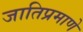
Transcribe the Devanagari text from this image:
जातिप्रमाणे